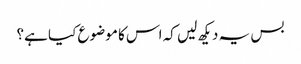
بس یہ دیکھ لیں کہ اس کا موضوع کیا ہے؟